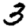
Digit: 3